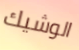
الوشيك